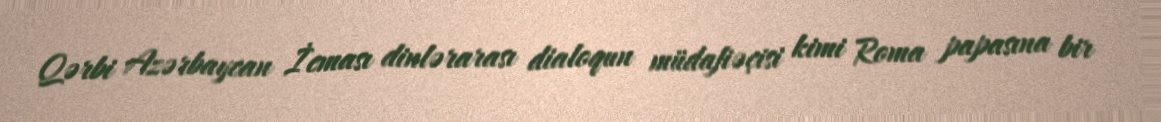
Qərbi Azərbaycan İcması dinlərarası dialoqun müdafiəçisi kimi Roma papasına bir